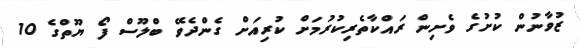
ޒުވާނުން ކުށުގެ ވެށިން ރައްކާތެރިކުރުމަށް ކުރިއަށް ގެންދެވޭ ބްލޫސް ފޯ ޔޫތްގެ 10